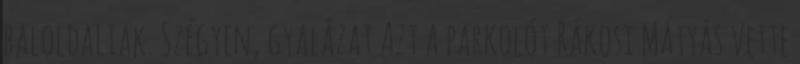
baloldaliak. Szégyen, gyalázat Azt a parkolót Rákosi Mátyás vette